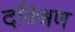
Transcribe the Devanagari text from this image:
दक्श्निण